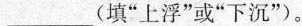
___(填“上浮”或“下沉”)。